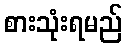
စားသုံးရမည်